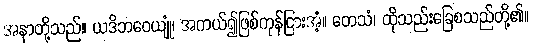
အနာတို့သည်။ ယဒိဘဝေယျုံ၊ အကယ်၍ဖြစ်ကုန်ငြားအံ့။ တေသံ၊ ထိုသည်းခြေစသည်တို့၏။